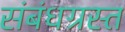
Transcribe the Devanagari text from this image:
संबंधग्रस्त